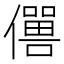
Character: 𠐠